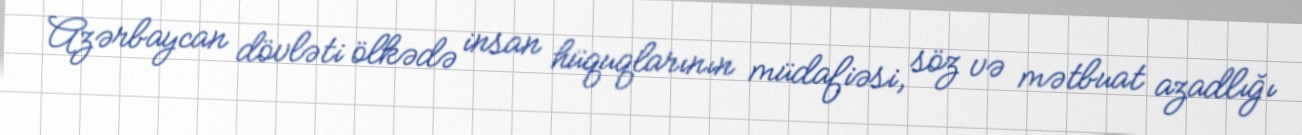
Azərbaycan dövləti ölkədə insan hüquqlarının müdafiəsi, söz və mətbuat azadlığı